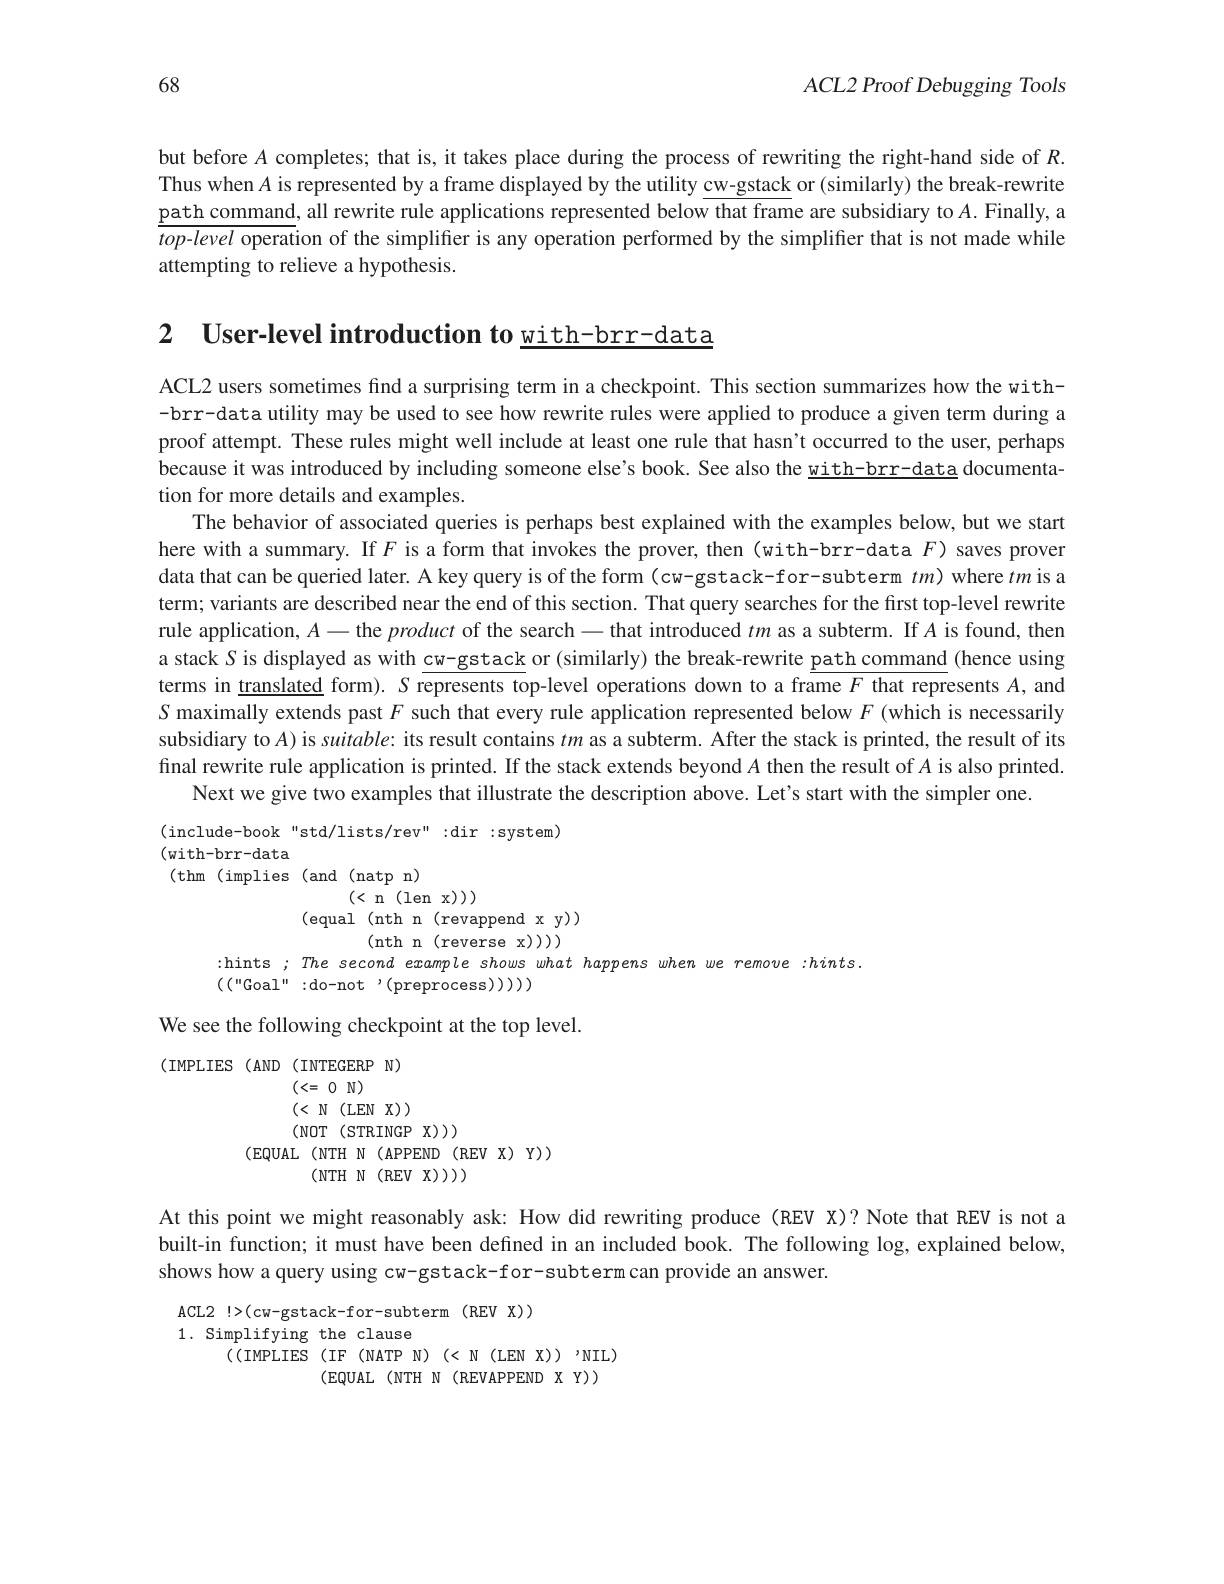
$ACL2$ Proof Debugging Tools

68

but before $A$ completes; that is, it takes place during the process of rewriting the right-hand side of $R.$ Thus when $A$ is represented by a frame displayed by the utility cw-gstack or (similarly) the break-rewrite path command, all rewrite rule applications represented below that frame are subsidiary to $A.$ Finally, a $top-level$ operation of the simplifer is any operation performed by the simplifier that is not made while attempting to relieve a hypothesis.

2 $\textbf{User- level introduction to with- brr- data}$

ACL2 users sometimes find a surprising term in a checkpoint. This section summarizes how the with- -brr-data utility may be used to see how rewrite rules were applied to produce a given term during a proof attempt. These rules might well include at least one rule that hasn't occurred to the user, perhaps because it was introduced by including someone else's book. See also the with-brr-data documentation for more details and examples.
The behavior of associated queries is perhaps best explained with the examples below, but we start here with a summary. If $F$ is a form that invokes the prover, then (with-brr-data $F$) saves prover data that can be queried later. A key query is of the form (cw-gstack-for-subterm $tm)$ where $tm$ is a term; variants are described near the end of this section. That query searches for the first top-level rewrite rule application, $A-$ the product of the search - that introduced $tm$ as a subterm. If $A$ is found, then a stack S is displayed as with cw-gstack or (similarly) the break-rewrite path command (hence using terms in translated form). $S$ represents top-level operations down to a frame $F$ that represents $A$, and $S$ maximally extends past $F$ such that every rule application represented below $F$ (which is necessarily subsidiary to $A)$ is suitable: its result contains $tm$ as a subterm. After the stack is printed, the result of its final rewrite rule application is printed. If the stack extends beyond $A$ then the result of A is also printed.
Next we give two examples that illustrate the description above. Let's start with the simpler one

(include-book"std/lists/rev"dir:system)
(with-brr-data
( thm ( implies ( and ( natp n)
(<n(lenx)))
(equal(nth $n ($revappendx$ y) )$
(nth n(reverse x)))
:hints ; The second example shows what happens when we remove :hints.
$\left(\left(\left(\text{"Goal":do-not}\right.,\left(\mathrm{preprocess}\right)\right)\right))$

We see the following checkpoint at the top level.

(IMPLIES (AND (INTEGERP N)
(<=0 N)
$( < \textbf{N}($LEN$\textbf{X}) )$
(NOT(STRINGP(X)))
(EQUAL(NTH N(APPEND(REV(X)Y))
(NTH N(REV X)))

At this point we might reasonably ask: How did rewriting produce (REV X)? Note that REV is not a built-in function; it must have been defined in an included book. The following log, explained below, shows how a query using cw-gstack-for-subterm can provide an answer.
ACL2 !>(cw-gstack-for-subterm (REV X))
1. Simplifying the clause
((IMPLIES (IF (NATP N)(<N(LEN X))'NIL)
(EQUAL(NTHN(REVAPPEND$X$Y))